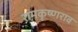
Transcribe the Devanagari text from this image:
रामकृष्णराव